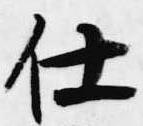
仕